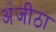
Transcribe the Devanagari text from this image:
अंजीठा